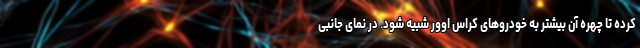
کرده تا چهره آن بیشتر به خودروهای کراس اوور شبیه شود. در نمای جانبی